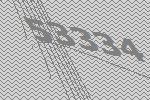
53334